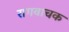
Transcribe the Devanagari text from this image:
रागवाचक